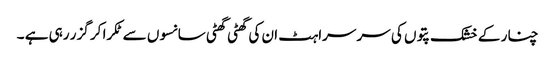
چنار کے خشک پتوں کی سر سراہٹ ان کی گھٹی گھٹی سانسوں سے ٹکرا کر گزر رہی ہے ۔